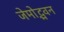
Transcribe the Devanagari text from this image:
जेमोद्भवन